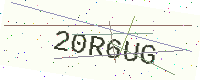
Text: 20R6UG